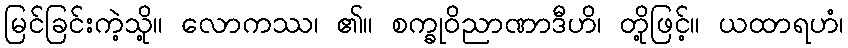
မြင်ခြင်းကဲ့သို့။ လောကဿ၊ ၏။ စက္ခုဝိညာဏာဒီဟိ၊ တို့ဖြင့်။ ယထာရဟံ၊